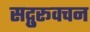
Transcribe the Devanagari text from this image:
सद्गुरूवचन